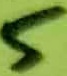
Text: 5